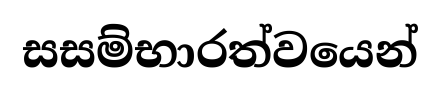
සසම්භාරත්වයෙන්